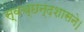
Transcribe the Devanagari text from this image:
स्वच्छन्दशासने।